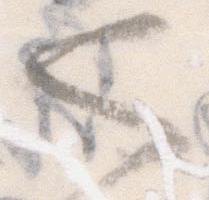
也